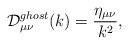
\begin{align*}{\cal D}^{ghost}_{{\mu}{\nu}}(k)=\frac{\eta_{{\mu}{\nu}}}{k^2},\end{align*}